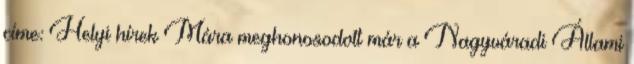
címe: Helyi hírek Mára meghonosodott már a Nagyváradi Állami